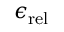
\epsilon _ { \mathrm { r e l } }